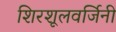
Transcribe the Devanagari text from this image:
शिरशूलवर्जिनी